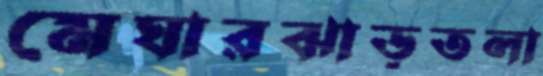
মেঘারঝাড়তলা